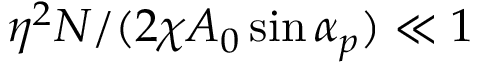
\eta ^ { 2 } N / ( 2 \chi A _ { 0 } \sin { \alpha _ { p } } ) \ll 1